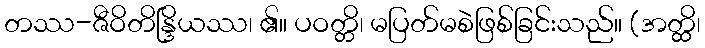
တဿ-ဇီဝိတိန္ဒြိယဿ၊ ၏။ ပဝတ္တိ၊ မပြတ်မစဲဖြစ်ခြင်းသည်။ (အတ္ထိ၊